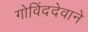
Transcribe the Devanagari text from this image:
गोविंददेवाने